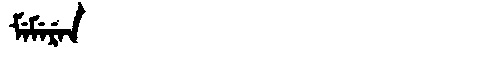
Manchu: ᠮᡝᠮᡝᡵᡝᠨ
Romanization: MEMEREN